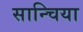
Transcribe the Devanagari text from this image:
सान्चिया